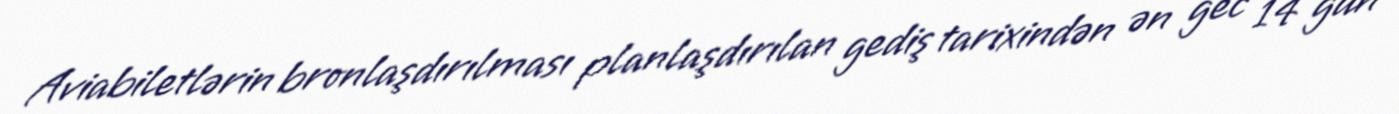
Aviabiletlərin bronlaşdırılması planlaşdırılan gediş tarixindən ən gec 14 gün